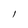
Character: l